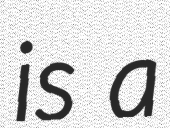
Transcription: is a